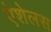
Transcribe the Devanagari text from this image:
ऐशेलस